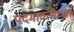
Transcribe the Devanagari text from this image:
पदमावतीच्या